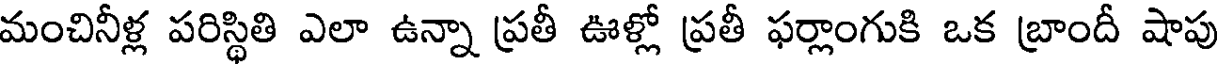
మంచినీళ్ల పరిస్థితి ఎలా ఉన్నా ప్రతీ ఊళ్లో ప్రతీ ఫర్లాంగుకి ఒక బ్రాందీ షాపు